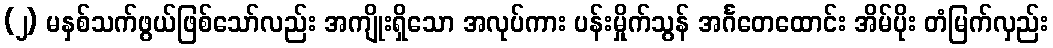
(၂) မနှစ်သက်ဖွယ်ဖြစ်သော်လည်း အကျိုးရှိသော အလုပ်ကား ပန်းမှိုက်သွန် အင်္ဂတေထောင်း အိမ်ပိုး တံမြက်လှည်း